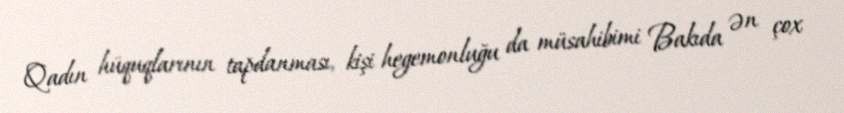
Qadın hüquqlarının tapdanması, kişi hegemonluğu da müsahibimi Bakıda ən çox